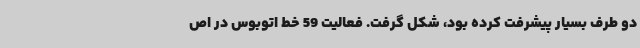
دو طرف بسیار پیشرفت کرده بود، شکل گرفت. فعالیت 59 خط اتوبوس در اص